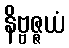
နိဗ္ဗဇ္ဇယံ